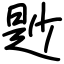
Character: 尟